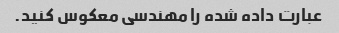
عبارت داده شده را مهندسی معکوس کنید.